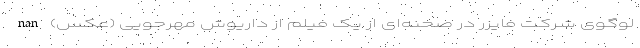
لوگوی شرکت فایزر در صحنه‌ای از یک فیلم از داریوش مهرجویی (عکس) nan